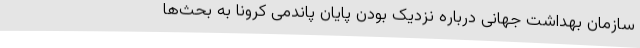
سازمان بهداشت جهانی درباره نزدیک بودن پایان پاندمی کرونا به بحث‌ها